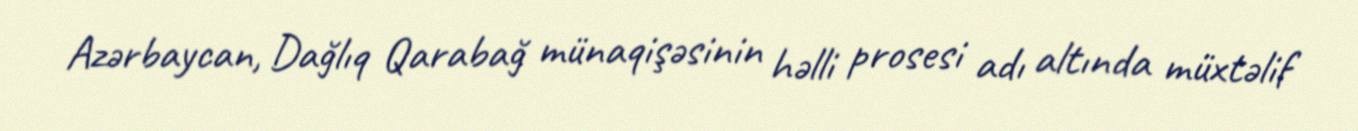
Azərbaycan, Dağlıq Qarabağ münaqişəsinin həlli prosesi adı altında müxtəlif